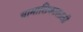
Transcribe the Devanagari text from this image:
यामासिकासाठी